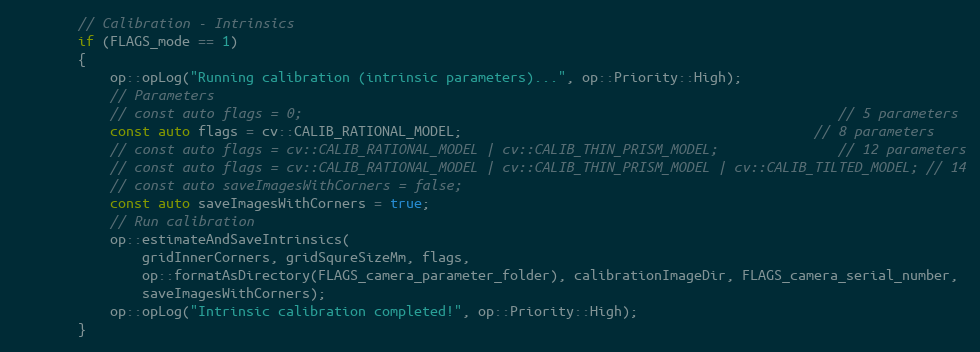
Language: C++
        // Calibration - Intrinsics
        if (FLAGS_mode == 1)
        {
            op::opLog("Running calibration (intrinsic parameters)...", op::Priority::High);
            // Parameters
            // const auto flags = 0;                                                                   // 5 parameters
            const auto flags = cv::CALIB_RATIONAL_MODEL;                                            // 8 parameters
            // const auto flags = cv::CALIB_RATIONAL_MODEL | cv::CALIB_THIN_PRISM_MODEL;               // 12 parameters
            // const auto flags = cv::CALIB_RATIONAL_MODEL | cv::CALIB_THIN_PRISM_MODEL | cv::CALIB_TILTED_MODEL; // 14
            // const auto saveImagesWithCorners = false;
            const auto saveImagesWithCorners = true;
            // Run calibration
            op::estimateAndSaveIntrinsics(
                gridInnerCorners, gridSqureSizeMm, flags,
                op::formatAsDirectory(FLAGS_camera_parameter_folder), calibrationImageDir, FLAGS_camera_serial_number,
                saveImagesWithCorners);
            op::opLog("Intrinsic calibration completed!", op::Priority::High);
        }